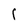
Character: 1